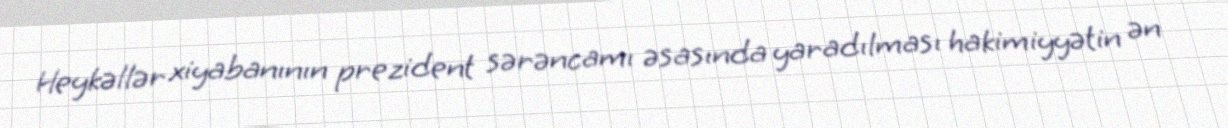
Heykəllər xiyabanının prezident sərəncamı əsasında yaradılması hakimiyyətin ən